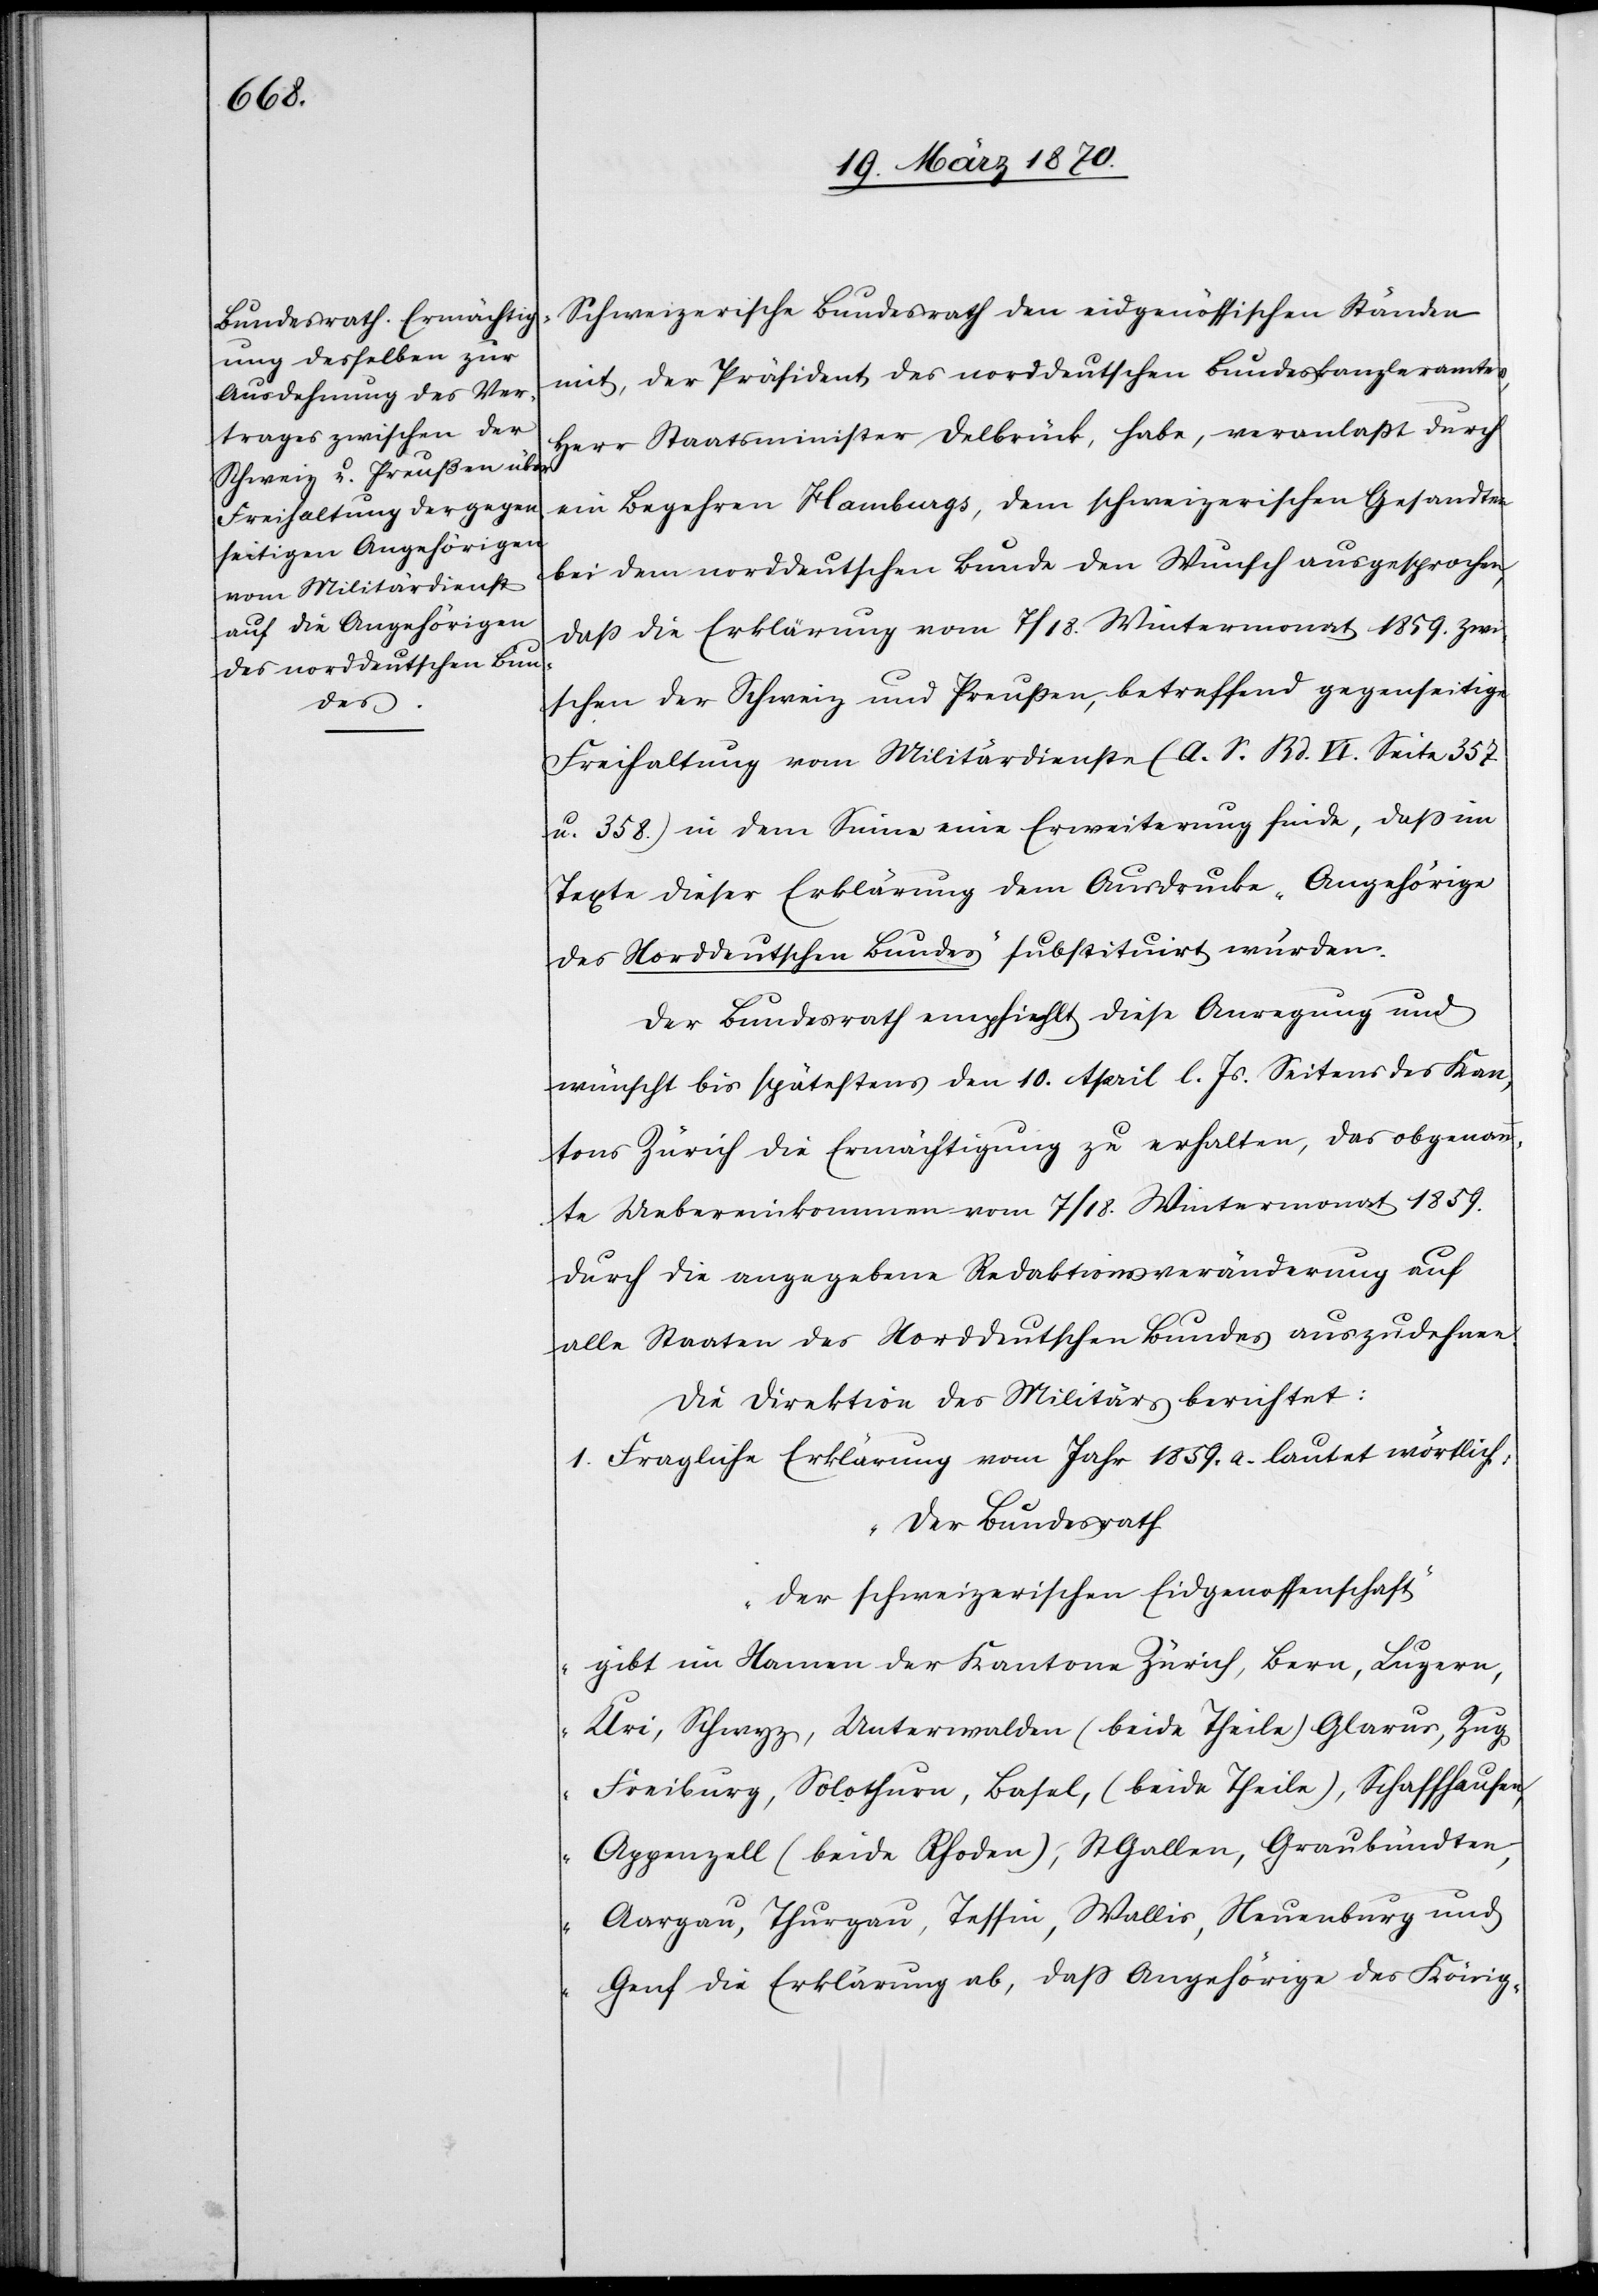
Schweizerische Bundesrath den eidgenössichen Ständen
mit, der Präsident des norddeutschen Bundeskanzleramtes,
Herr Staatsminister Delbrück, habe, veranlaßt durch
ein Begehren Hamburgs, dem schweizerischen Gesandten
bei dem norddeutschen Bunde den Wunsch ausgesprochen,
daß die Erklärung vom 7/18. Wintermonat 1859. zwi¬
schen der Schweiz und Preußen, betreffend gegenseitige
Freihaltung vom Militärdienste (A. S. Bd. VI. Seite 357
u. 358) in dem Sinne eine Erweiterung finde, daß im
Texte dieser Erklärung dem [sic!] Ausdrucke „Angehörige
des Norddeutschen Bundes“ substituirt würden.
Der Bundesrath empfiehlt diese Anregung und
wünscht bis spätestens den 10. April l. Js. Seitens des Kan¬
tons Zürich die Ermächtigung zu erhalten, das obgenann¬
te Uebereinkommen vom 7/18. Wintermonat 1859.
durch die angegebene Redaktionsveränderung auf
alle Staaten des Norddeutschen Bundes auszudehnen.
Die Direktion des Militärs berichtet:
1. Fragliche Erklärung vom Jahr 1859. a. lautet wörtlich:
„Der Bundesrath
der schweizerischen Eidgenossenschaft
gibt im Namen der Kantone Zürich, Bern, Luzern,
Uri, Schwyz, Unterwalden (beide Theile)[,] Glarus, Zug,
Freiburg, Solothurn, Basel, (beide Theile), Schaffhausen,
Appenzell (beide Rhoden), St Gallen, Graubündten,
Aargau, Thurgau, Tessin, Wallis, Neuenburg und
Genf die Erklärung ab, daß Angehörige des König-